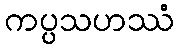
ကပ္ပသဟဿံ